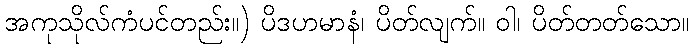
အကုသိုလ်ကံပင်တည်း။) ပိဒဟမာနံ၊ ပိတ်လျက်။ ဝါ၊ ပိတ်တတ်သော။